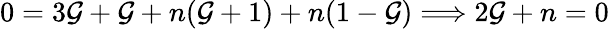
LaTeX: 0=3\mathcal{G}+\mathcal{G}+n(\mathcal{G}+1)+n(1-\mathcal{G})\Longrightarrow2\mathcal{G}+n=0